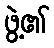
ဖွဲ့၏